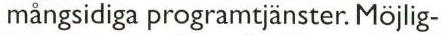
mångsidiga programtjänster. Möjlig-